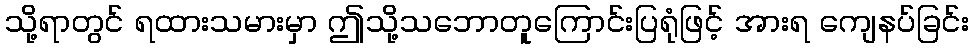
သို့ရာတွင် ရထားသမားမှာ ဤသို့သဘောတူကြောင်းပြရုံဖြင့် အားရ ကျေနပ်ခြင်း